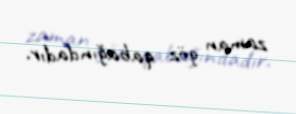
zaman göz qabağındadır.